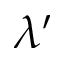
\lambda ^ { \prime }